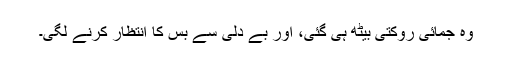
وہ جمائی روکتی بیٹھ ہی گئی، اور بے دلی سے بس کا انتظار کرنے لگی۔